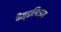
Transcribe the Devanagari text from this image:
वैन्डलिज़्म